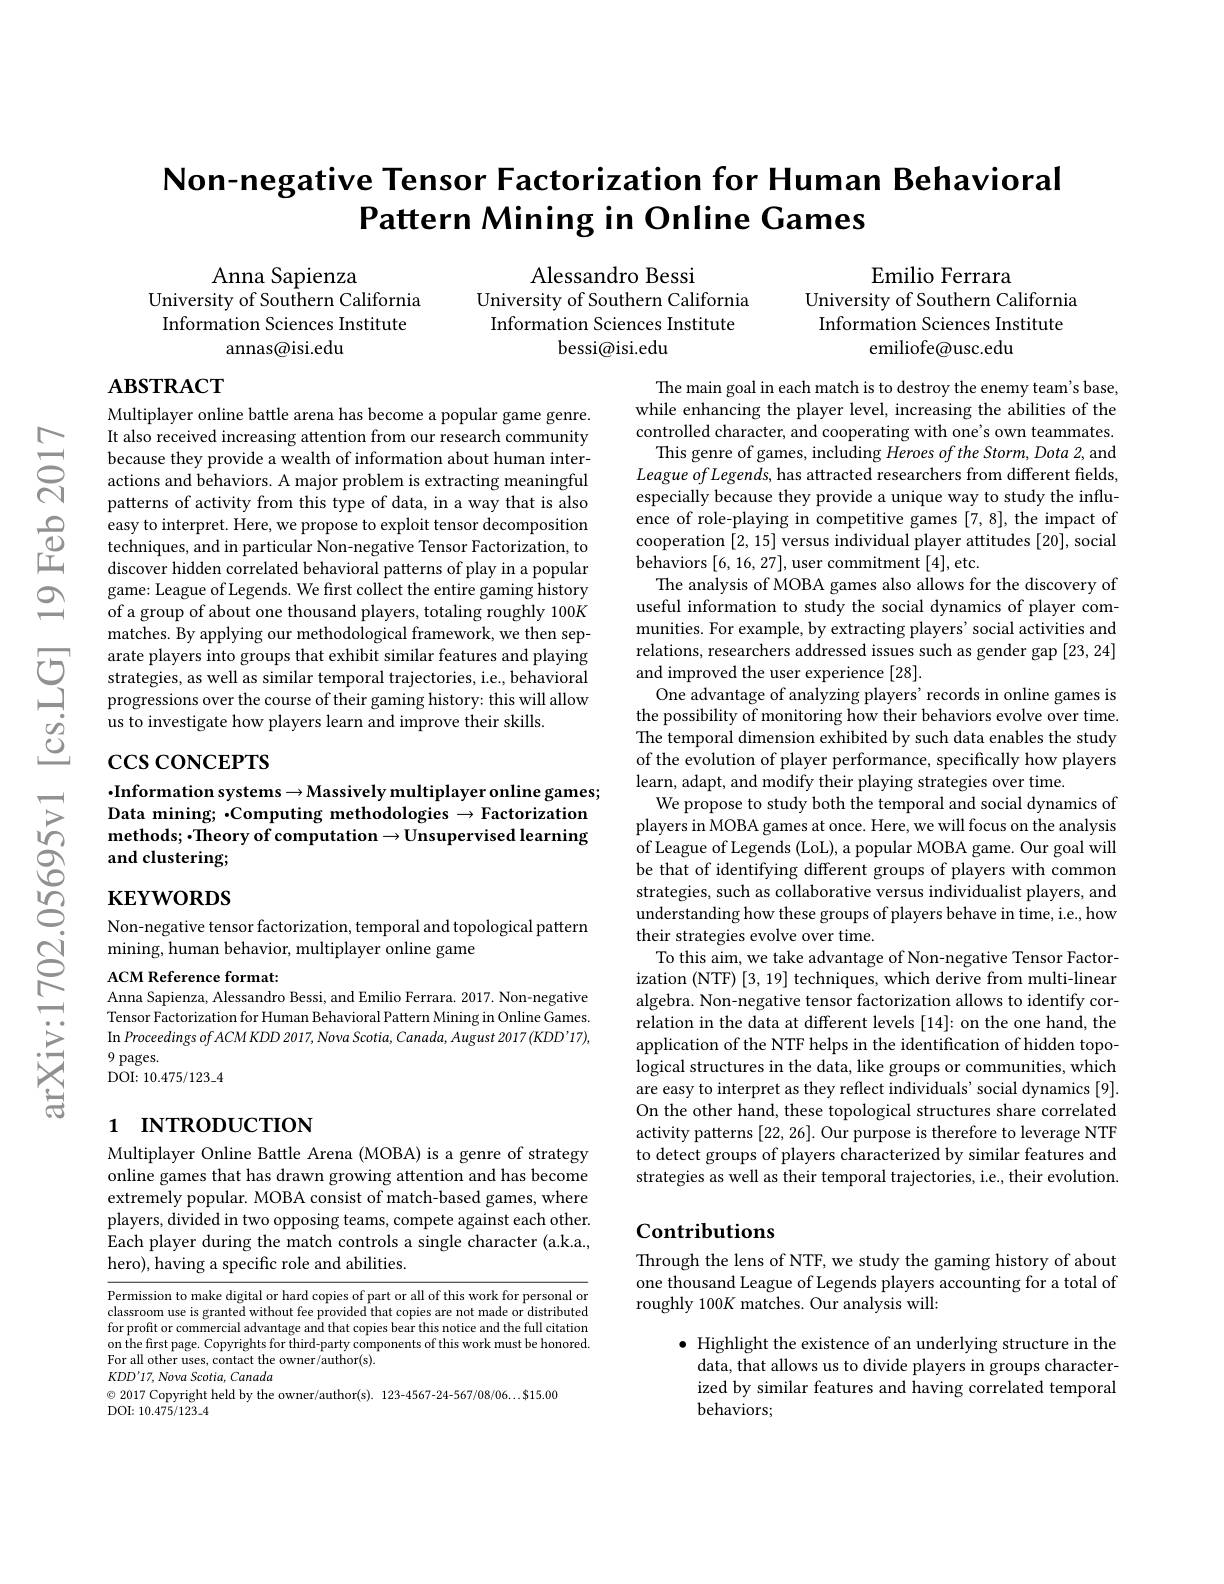
# Non-negative Tensor Factorization for Human Behavioral Pattern Mining in Online Games

Alessandro Bessi
University of Southern California Information Sciences Institute
bessi@isi.edu

Emilio Ferrara
University of Southern California Information Sciences Institute
emiliofe@usc.edu

Anna Sapienza
University of Southern California Information Sciences Institute
annas@isi.edu

# Aвзткаст

Multiplayer online battle arena has become a popular game genre. It also received increasing attention from our research community because they provide a wealth of information about human interactions and behaviors. A major problem is extracting meaningful patterns of activity from this type of data, in a way that is also easy to interpret. Here, we propose to exploit tensor decomposition techniques, and in particular Non-negative Tensor Factorization, to $\hat{\text{discover hidden correlated behavioral patterns of play in a popular}}$ game: League of Legends. We first collect the entire gaming history of a group of about one thousand players, totaling roughly 100K matches. By applying our methodological framework, we then separate players into groups that exhibit similar features and playing strategies, as well as similar temporal trajectories, i.e., behavioral progressions over the course of their gaming history: this will allow us to investigate how players learn and improve their skills.

# $\csc\csc$coNCEPTS

The main goal in each match is to destroy the enemy team's base, while enhancing the player level, increasing the abilities of the controlled character, and cooperating with one's own teammates.
This genre of games, including Heroes of the Storm, Dota 2, and $League\textit{ of Legends, has attracted researchers from different fields}$, especially because they provide a unique way to study the influence of role-playing in competitive games [7,8], the impact of cooperation [2,15] versus individual player attitudes [20], social behaviors [6,16,27],user commitment [4],etc.
The analysis of MOBA games also allows for the discovery of useful information to study the social dynamics of player communities. For example, by extracting players' social activities and relations, researchers addressed issues such as gender gap [23,24] and improved the user experience [28].
One advantage of analyzing players' records in online games is the possibility of monitoring how their behaviors evolve over time. The temporal dimension exhibited by such data enables the study of the evolution of player performance, specifically how players learn, adapt, and modify their playing strategies over time.
We propose to study both the temporal and social dynamics of players in MOBA games at once. Here, we will focus on the analysis of League of Legends (LoL), a popular MOBA game. Our goal will be that of identifying different groups of players with common strategies, such as collaborative versus individualist players, and understanding how these groups of players behave in time, i.e., how their strategies evolve over time.
To this aim, we take advantage of Non-negative Tensor Factorization (NTF) [3, 19] techniques, which derive from multi-linear algebra. Non-negative tensor factorization allows to identify correlation in the data at different levels [14]: on the one hand, the application of the NTF helps in the identification of hidden topological structures in the data, like groups or communities, which are easy to interpret as they reflect individuals' social dynamics [9]. On the other hand, these topological structures share correlated activity patterns [22,26]. Our purpose is therefore to leverage NTF to detect groups of players characterized by similar features and strategies as well as their temporal trajectories, i.e, their evolution.

# $\cdot$Information systems$\to$Massively multiplayer online games; Data mining; -Computing methodologies $\to$Factorization $\mathbf{methods;}•\mathbf{Theory~of~computation}\to\mathbf{Unsupervised~learning}$ and clustering;

# $\mathbf{KEYWORDS}$

Non-negative tensor factorization, temporal and topological pattern
mining, human behavior, multiplayer online game

ACM Reference format:
Anna Sapienza, Alessandro Bessi, and Emilio Ferrara. 2017. Non-negative Tensor Factorization for Human Behavioral Pattern Mining in Online Games. In Proceedings of ACM KDD 2017, Nova Scotia, Canada, August 2017 (KDD'17), 9 pages.
${\mathrm{DOI:~10.475/123\_4}}$

# 1 INTRODUCTION

Multiplayer Online Battle Arena (MOBA) is a genre of strategy online games that has drawn growing attention and has become extremely popular. MOBA consist of match-based games, where players, divided in two opposing teams, compete against each other. Each player during the match controls a single character (a.k.a., hero), having a specific role and abilities.

## Contributions

Through the lens of NTF, we study the gaming history of about one thousand League of Legends players accounting for a total of roughly 100K matches. Our analysis will:

Permission to make digital or hard copies of part or all of this work for personal or classroom use is granted without fee provided that copies are not made or distributed for profit or commercial advantage and that copies bear this notice and the full citation on the first page. Copyrights for third- party components of this work must be honored. on the first page. Copyrights for third- party components of this work must be honored. Te W de For all other uses, contact the owner/author(s).
KDD'17, Nova Scotia, Canada

$\bullet$ Highlight the existence of an underlying structure in the
data, that allows us to divide players in groups characterized by similar features and having correlated temporal behaviors;

$\odot$ 2017 Copyright held by the owner/author(s). 123-4567-24-567/08/06...$15.00

$DOI:10.475/123\_4$